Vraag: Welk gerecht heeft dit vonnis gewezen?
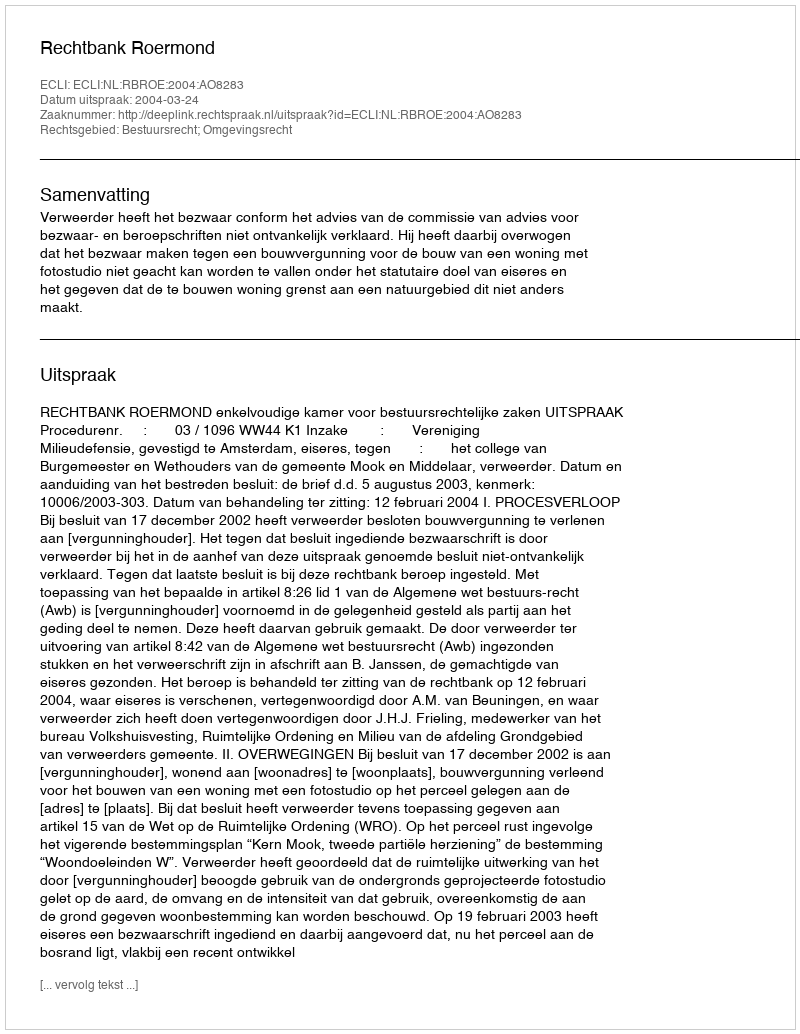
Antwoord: Rechtbank Roermond